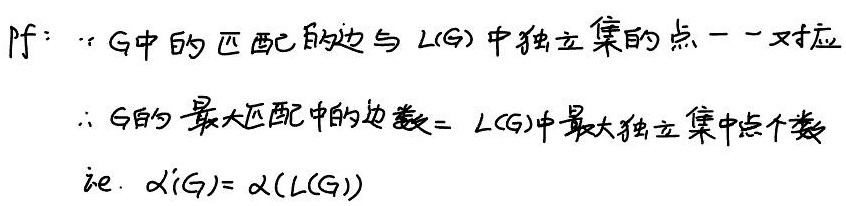
Pf: 因为 \(G\) 中的匹配的边与 \(L(G)\) 中独立集的点一一对应，所以 \(G\) 的最大匹配中的边数 = \(L(G)\) 中最大独立集中点个数，即 \(\alpha'(G)=\alpha(L(G))\)。其中：
\(\because\) \(G\) 中的匹配的边与 \(L(G)\) 中独立集的点一一对应
\(\therefore\) \(G\) 的最大匹配中的边数 = \(L(G)\) 中最大独立集中点个数
i.e. \(\alpha'(G)=\alpha(L(G))\)